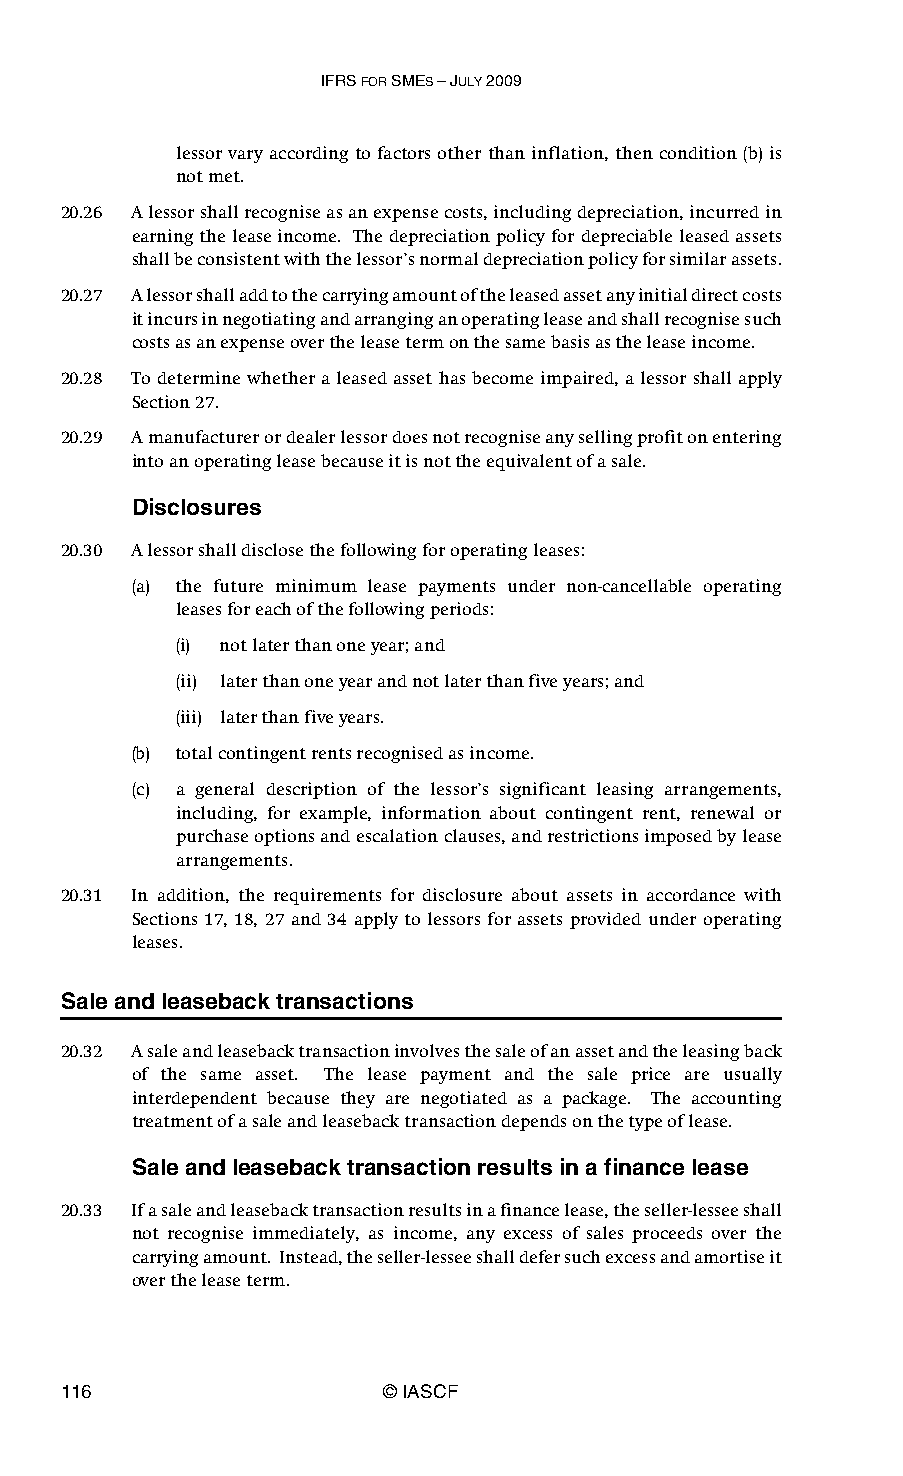
IFRS FOR SMES – JULY 2009
 lessor vary according to factors other than inflation, then condition (b) is
 not met.
 20.26 A lessor shall recognise as an expense costs, including depreciation, incurred in
 earning the lease income. The depreciation policy for depreciable leased assets
 shall be consistent with the lessor’s normal depreciation policy for similar assets.
 20.27 A lessor shall add to the carrying amount of the leased asset any initial direct costs
 it incurs in negotiating and arranging an operating lease and shall recognise such
 costs as an expense over the lease term on the same basis as the lease income.
 20.28 To determine whether a leased asset has become impaired, a lessor shall apply
 Section 27.
 20.29 A manufacturer or dealer lessor does not recognise any selling profit on entering
 into an operating lease because it is not the equivalent of a sale.
 Disclosures
 20.30 A lessor shall disclose the following for operating leases:
 (a) the future minimum lease payments under non-cancellable operating
 leases for each of the following periods:
 (i) not later than one year; and
 (ii) later than one year and not later than five years; and
 (iii) later than five years.
 (b) total contingent rents recognised as income.
 (c) a general description of the lessor’s significant leasing arrangements,
 including, for example, information about contingent rent, renewal or
 purchase options and escalation clauses, and restrictions imposed by lease
 arrangements.
 20.31 In addition, the requirements for disclosure about assets in accordance with
 Sections 17, 18, 27 and 34 apply to lessors for assets provided under operating
 leases.
 Sale and leaseback transactions
 20.32 A sale and leaseback transaction involves the sale of an asset and the leasing back
 of the same asset. The lease payment and the sale price are usually
 interdependent because they are negotiated as a package. The accounting
 treatment of a sale and leaseback transaction depends on the type of lease.
 Sale and leaseback transaction results in a finance lease
 20.33 If a sale and leaseback transaction results in a finance lease, the seller-lessee shall
 not recognise immediately, as income, any excess of sales proceeds over the
 carrying amount. Instead, the seller-lessee shall defer such excess and amortise it
 over the lease term.
 116                   © IASCF